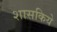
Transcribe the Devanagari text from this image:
शासकिये